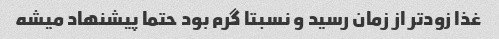
غذا زودتر از زمان رسید و نسبتا گرم بود حتما پیشنهاد میشه